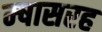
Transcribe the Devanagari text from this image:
म्षासरह